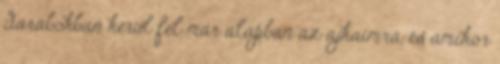
darabokban kerül fel már alapban az ajkaimra, és amikor